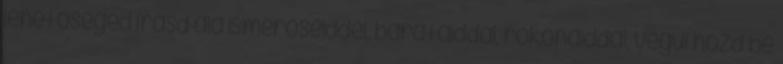
lehetőséged írasd alá ismerőseiddel, barátaiddal, rokonaiddal, végül hozd be